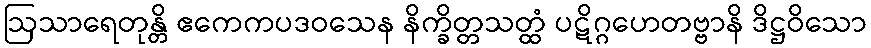
ဩသာရေတုန္တိ ဧကေကပဒဝသေန နိက္ခိတ္တသတ္ထံ ပဋိဂ္ဂဟေတဗ္ဗာနိ ဒိဋ္ဌဝိသော